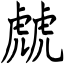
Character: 虤